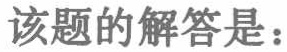
该题的解答是：